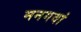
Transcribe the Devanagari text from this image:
मनगवां